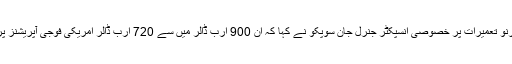
افغانستان میں ازسرنو تعمیرات پر خصوصی انسپکٹر جنرل جان سوپکو نے کہا کہ ان 900 ارب ڈالر میں سے 720 ارب ڈالر امریکی فوجی آپریشنز پر خرچ کئے گئے۔